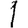
Digit: 1